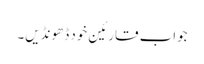
جواب قارئین خود ڈھونڈیں۔